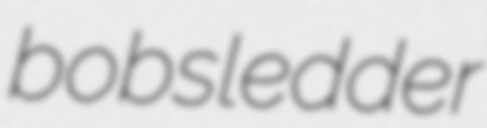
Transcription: bobsledder